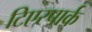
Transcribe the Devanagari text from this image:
टिएरपार्क